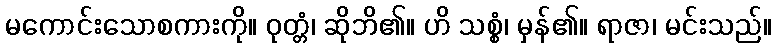
မကောင်းသောစကားကို။ ဝုတ္တံ၊ ဆိုဘိ၏။ ဟိ သစ္စံ၊ မှန်၏။ ရာဇာ၊ မင်းသည်။